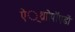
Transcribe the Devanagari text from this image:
ऐं्थ्राोपॉएडों